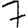
Digit: 7